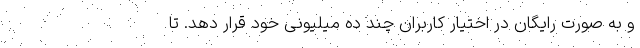
و به صورت رایگان در اختیار کاربران چند ده میلیونی خود قرار دهد. تا